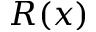
R ( x )